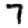
Digit: 7